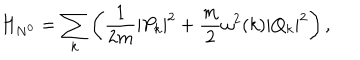
LaTeX: H _ { N ^ { 0 } } = \sum _ { k } \left( \displaystyle \frac { 1 } { 2 m } | P _ { k } | ^ { 2 } + \frac { m } { 2 } \omega ^ { 2 } ( k ) | Q _ { k } | ^ { 2 } \right) ,